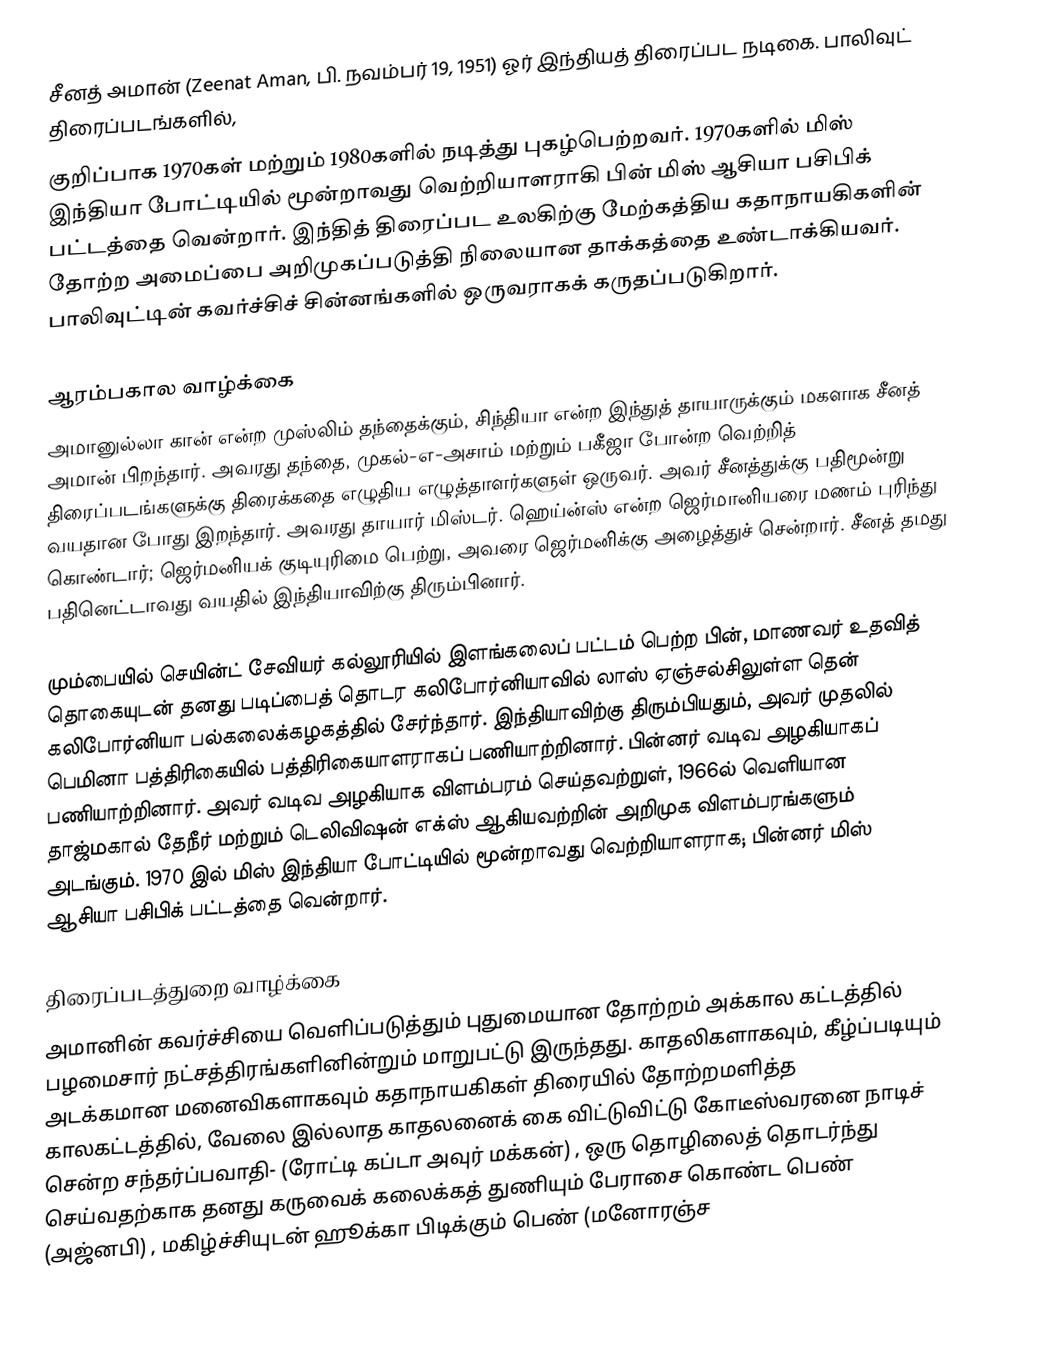
சீனத் அமான் (Zeenat Aman, பி. நவம்பர் 19, 1951) ஓர் இந்தியத் திரைப்பட நடிகை. பாலிவுட் திரைப்படங்களில்,
குறிப்பாக 1970கள் மற்றும் 1980களில் நடித்து புகழ்பெற்றவர். 1970களில் மிஸ் இந்தியா போட்டியில் மூன்றாவது வெற்றியாளராகி பின் மிஸ்  ஆசியா பசிபிக் பட்டத்தை வென்றார். இந்தித் திரைப்பட உலகிற்கு மேற்கத்திய கதாநாயகிகளின் தோற்ற அமைப்பை அறிமுகப்படுத்தி நிலையான தாக்கத்தை உண்டாக்கியவர். பாலிவுட்டின் கவர்ச்சிச் சின்னங்களில் ஒருவராகக் கருதப்படுகிறார்.

ஆரம்பகால வாழ்க்கை
அமானுல்லா கான் என்ற முஸ்லிம் தந்தைக்கும், சிந்தியா என்ற இந்துத் தாயாருக்கும் மகளாக சீனத் அமான் பிறந்தார். அவரது தந்தை, முகல்-எ-அசாம் மற்றும் பகீஜா போன்ற வெற்றித் திரைப்படங்களுக்கு திரைக்கதை எழுதிய எழுத்தாளர்களுள் ஒருவர். அவர் சீனத்துக்கு பதிமூன்று வயதான போது இறந்தார். அவரது தாயார் மிஸ்டர். ஹெய்ன்ஸ் என்ற ஜெர்மானியரை மணம் புரிந்து கொண்டார்; ஜெர்மனியக் குடியுரிமை பெற்று, அவரை ஜெர்மனிக்கு அழைத்துச் சென்றார். சீனத் தமது பதினெட்டாவது வயதில் இந்தியாவிற்கு திரும்பினார்.

மும்பையில் செயின்ட் சேவியர் கல்லூரியில் இளங்கலைப் பட்டம் பெற்ற பின், மாணவர் உதவித் தொகையுடன் தனது படிப்பைத் தொடர கலிபோர்னியாவில் லாஸ் ஏஞ்சல்சிலுள்ள தென் கலிபோர்னியா பல்கலைக்கழகத்தில் சேர்ந்தார். இந்தியாவிற்கு திரும்பியதும், அவர் முதலில் பெமினா பத்திரிகையில் பத்திரிகையாளராகப் பணியாற்றினார். பின்னர் வடிவ அழகியாகப் பணியாற்றினார். அவர் வடிவ அழகியாக விளம்பரம் செய்தவற்றுள், 1966ல் வெளியான தாஜ்மகால் தேநீர் மற்றும் டெலிவிஷன் எக்ஸ் ஆகியவற்றின் அறிமுக விளம்பரங்களும் அடங்கும். 1970 இல் மிஸ் இந்தியா போட்டியில் மூன்றாவது வெற்றியாளராக; பின்னர் மிஸ் ஆசியா பசிபிக் பட்டத்தை வென்றார்.

திரைப்படத்துறை வாழ்க்கை
அமானின் கவர்ச்சியை வெளிப்படுத்தும் புதுமையான தோற்றம் அக்கால கட்டத்தில் பழமைசார் நட்சத்திரங்களினின்றும் மாறுபட்டு இருந்தது. காதலிகளாகவும், கீழ்ப்படியும் அடக்கமான மனைவிகளாகவும் கதாநாயகிகள் திரையில் தோற்றமளித்த காலகட்டத்தில், வேலை இல்லாத காதலனைக் கை விட்டுவிட்டு கோடீஸ்வரனை நாடிச் சென்ற சந்தர்ப்பவாதி- (ரோட்டி கப்டா அவுர் மக்கன்) , ஒரு தொழிலைத் தொடர்ந்து செய்வதற்காக தனது கருவைக் கலைக்கத் துணியும் பேராசை கொண்ட பெண் (அஜ்னபி) , மகிழ்ச்சியுடன் ஹூக்கா பிடிக்கும் பெண் (மனோரஞ்ச